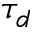
\tau _ { d }